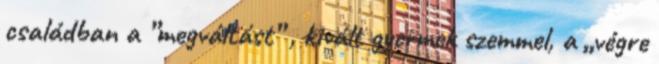
családban a ”megváltást” , kivált gyermek szemmel, a „végre